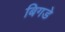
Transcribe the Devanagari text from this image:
बिगडे